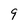
Character: 9